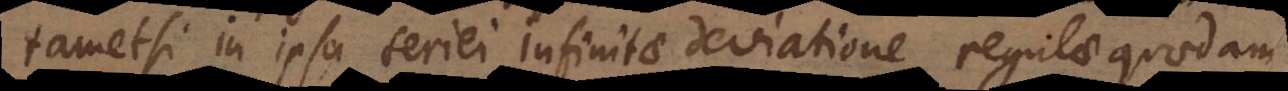
tametsi in ipsa seriei infinitae deviatione regulae quaedam